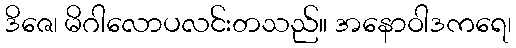
ဒိဇေ၊ မိဂါလောပလင်းတသည်။ အနောဝါဒကရေ၊